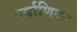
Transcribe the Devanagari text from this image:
पर्याणिका